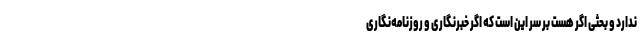
ندارد و بحثی اگر هست بر سر این است که اگر خبرنگاری و روزنامه‌نگاری